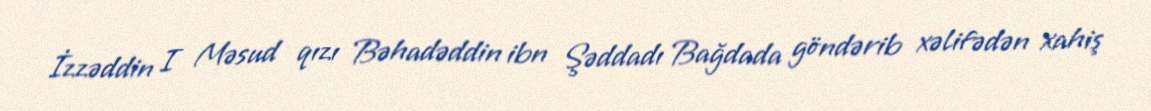
İzzəddin I Məsud qızı Bəhadəddin ibn Şəddadı Bağdada göndərib xəlifədən xahiş